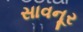
સાવનૂર